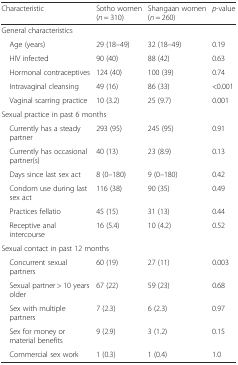
<table><thead><tr><td><b>Characteristic</b></td><td><b>Sotho women (<i>n</i> = 310)</b></td><td><b>Shangaan women (<i>n</i> = 260)</b></td><td><b><i>p</i>-value</b></td></tr></thead><tbody><tr><td colspan="4">General characteristics</td></tr><tr><td> Age (years)</td><td>29 (18–49)</td><td>32 (18–49)</td><td>0.19</td></tr><tr><td> HIV infected</td><td>90 (40)</td><td>88 (42)</td><td>0.63</td></tr><tr><td> Hormonal contraceptives</td><td>124 (40)</td><td>100 (39)</td><td>0.74</td></tr><tr><td> Intravaginal cleansing</td><td>49 (16)</td><td>86 (33)</td><td>&lt;0.001</td></tr><tr><td> Vaginal scarring practice</td><td>10 (3.2)</td><td>25 (9.7)</td><td>0.001</td></tr><tr><td colspan="4">Sexual practice in past 6 months</td></tr><tr><td> Currently has a steady partner</td><td>293 (95)</td><td>245 (95)</td><td>0.91</td></tr><tr><td> Currently has occasional partner(s)</td><td>40 (13)</td><td>23 (8.9)</td><td>0.13</td></tr><tr><td> Days since last sex act</td><td>8 (0–180)</td><td>9 (0–180)</td><td>0.42</td></tr><tr><td> Condom use during last sex act</td><td>116 (38)</td><td>90 (35)</td><td>0.49</td></tr><tr><td> Practices fellatio</td><td>45 (15)</td><td>31 (13)</td><td>0.44</td></tr><tr><td> Receptive anal intercourse</td><td>16 (5.4)</td><td>10 (4.2)</td><td>0.52</td></tr><tr><td colspan="4">Sexual contact in past 12 months</td></tr><tr><td> Concurrent sexual partners</td><td>60 (19)</td><td>27 (11)</td><td>0.003</td></tr><tr><td> Sexual partner &gt; 10 years older</td><td>67 (22)</td><td>59 (23)</td><td>0.68</td></tr><tr><td> Sex with multiple partners</td><td>7 (2.3)</td><td>6 (2.3)</td><td>0.97</td></tr><tr><td> Sex for money or material benefits</td><td>9 (2.9)</td><td>3 (1.2)</td><td>0.15</td></tr><tr><td> Commercial sex work</td><td>1 (0.3)</td><td>1 (0.4)</td><td>1.0</td></tr></tbody></table>